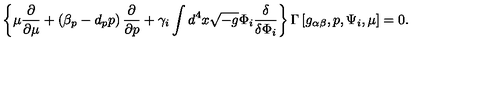
\left\{ \mu \frac { \partial } { \partial \mu } + \left( \beta _ { p } - d _ { p } p \right) \frac { \partial } { \partial p } + \gamma _ { i } \int d ^ { 4 } x \sqrt { - g } \Phi _ { i } \frac { \delta } { \delta \Phi _ { i } } \right\} \Gamma \left[ g _ { \alpha \beta } , p , \Psi _ { i } , \mu \right] = 0 .